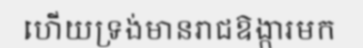
ហើយទ្រង់មានរាជឱង្ការមក